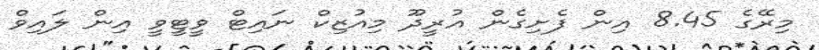
މިރޭގެ 8.45 އިން ފެށިގެން އުރީދޫ މިއުޒިކް ނައިޓް ވީޓީވީ އިން ލައިވް